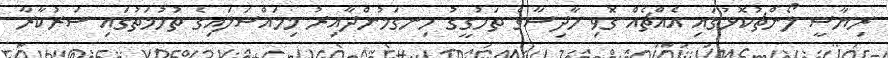
ރިޔާސީ ލޯންޗުކޮޅުގައި އެއްޗެއް ގޮވި ހާދިސާގެ ތަހުގީގު ހިނގަމުންދާއިރު މިމައްސަލައިގެ ތުހުމަތުގައި ސަރުކާރާ